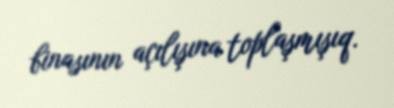
binasının açılışına toplaşmışıq.